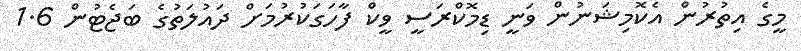
މީގެ އިތުރުން އެކޮމިޝަނުން ވަނީ ޑިމޮކްރަސީ ވީކް ފާހަގަކުރުމަށް ދައުލަތުގެ ބަޖެޓުން 1.6